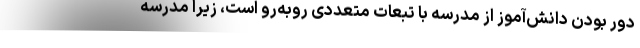
دور بودن دانش‌آموز از مدرسه با تبعات متعددی روبه‌رو است، زیرا مدرسه